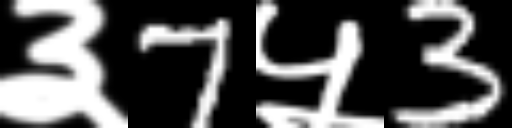
Text: ३7५3